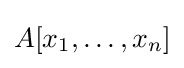
A[x_{1},\dots ,x_{n}]